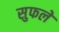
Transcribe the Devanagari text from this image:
सुफले